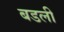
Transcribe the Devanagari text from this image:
बडली